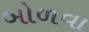
બોળવા